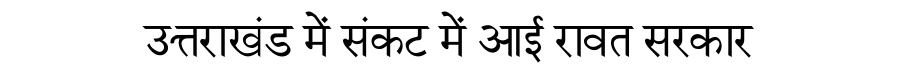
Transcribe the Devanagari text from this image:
उत्तराखंड में संकट में आई रावत सरकार